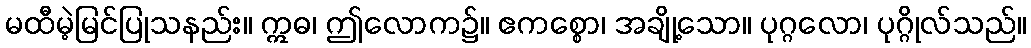
မထီမဲ့မြင်ပြုသနည်း။ ဣဓ၊ ဤလောက၌။ ဧကစ္စော၊ အချို့သော။ ပုဂ္ဂလော၊ ပုဂ္ဂိုလ်သည်။